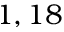
1 , 1 8